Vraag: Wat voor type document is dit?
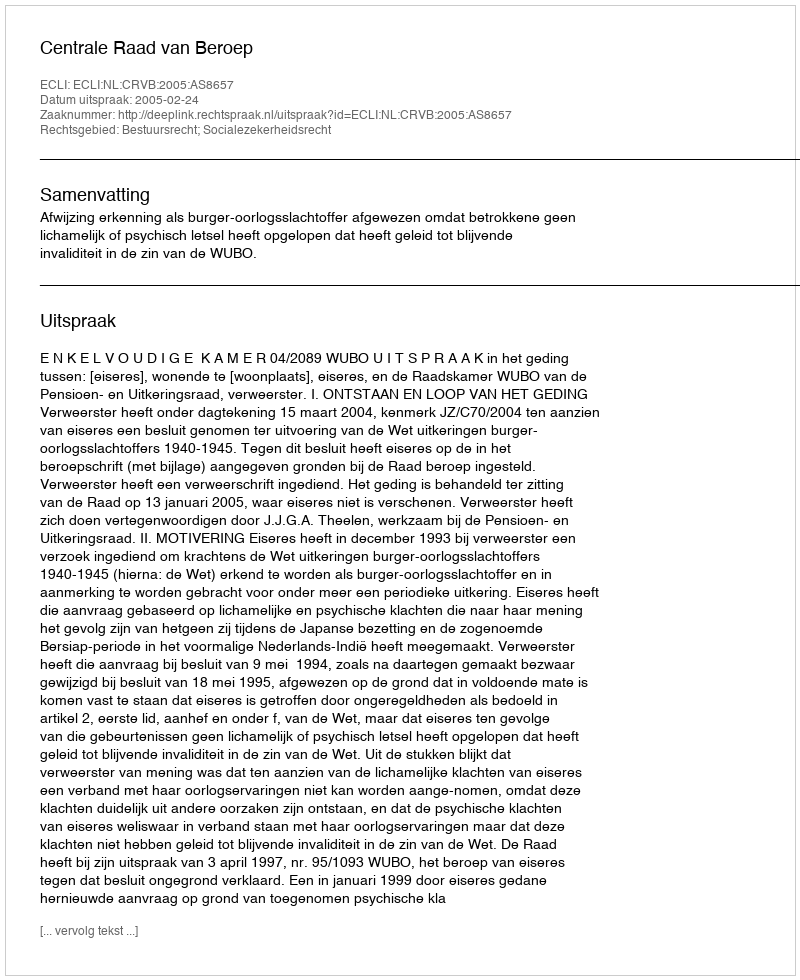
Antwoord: Uitspraak